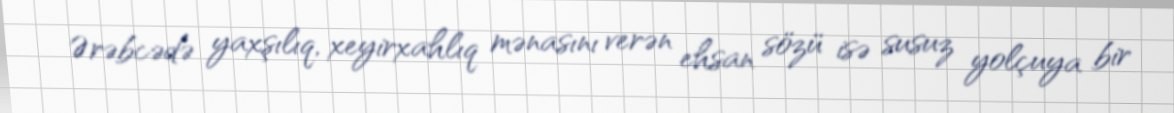
Ərəbcədə yaxşılıq, xeyirxahlıq mənasını verən ehsan sözü isə susuz yolçuya bir